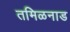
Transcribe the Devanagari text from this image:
तमिळनाड